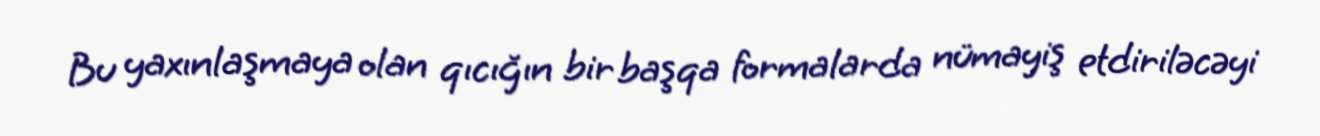
Bu yaxınlaşmaya olan qıcığın bir başqa formalarda nümayiş etdiriləcəyi